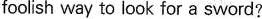
foolish way to look for a sword?